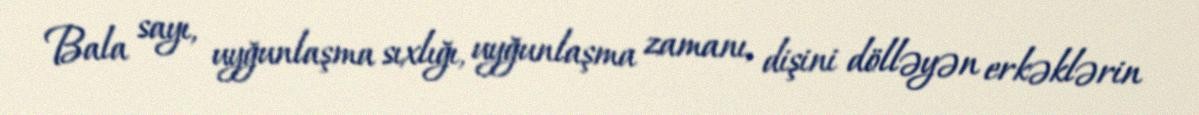
Bala sayı, uyğunlaşma sıxlığı, uyğunlaşma zamanı, dişini dölləyən erkəklərin